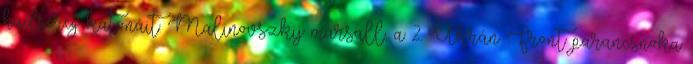
hadsereg katonáit. Malinovszkij marsall, a 2. Ukrán Front parancsnoka